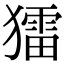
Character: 𤢗